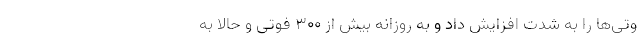
وتی‌ها را به شدت افزایش داد و به روزانه بیش از ۳۰۰ فوتی و حالا به